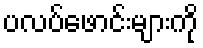
ပလပ်ဖောင်းများကို